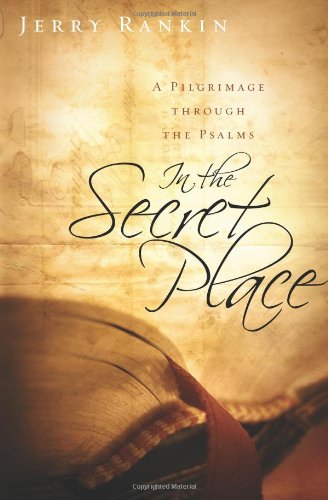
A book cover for In the Secret Place: A Pilgrimage through the Psalms; Jerry Rankin; Christian Books & Bibles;